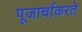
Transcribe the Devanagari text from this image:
पूजार्चाकरते